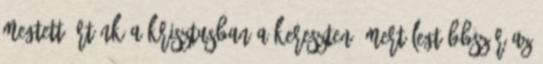
megtett értünk a Krisztusban a kereszten. Mert legtöbbször az